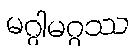
မဂ္ဂါမဂ္ဂဿ